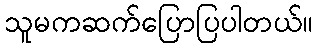
သူမကဆက်ပြောပြပါတယ်။